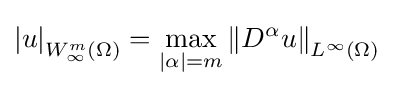
\left\vert u\right\vert _{W_{\infty }^{m}(\Omega )}=\max _{\left\vert \alpha \right\vert =m}\left\Vert D^{\alpha }u\right\Vert _{L^{\infty }(\Omega )}